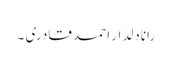
رانا دلدار احمد قادری ۔